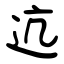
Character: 迒